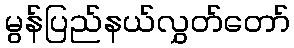
မွန်ပြည်နယ်လွှတ်တော်